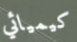
كيميائي